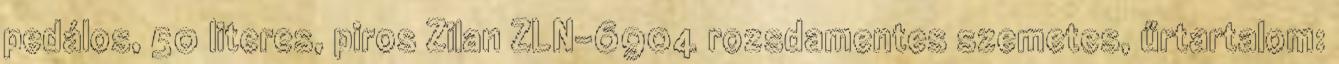
pedálos, 50 literes, piros Zilan ZLN-6904 rozsdamentes szemetes, űrtartalom: